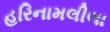
હરિનામલીલા